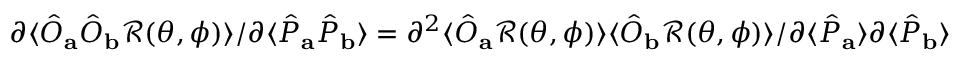
\partial \langle \hat { { O } } _ { \mathbf { a } } \hat { { O } } _ { \mathbf { b } } \mathcal { R } ( \theta , \phi ) \rangle / \partial \langle \hat { { P } } _ { \mathbf { a } } \hat { { P } } _ { \mathbf { b } } \rangle = \partial ^ { 2 } \langle \hat { { O } } _ { \mathbf { a } } \mathcal { R } ( \theta , \phi ) \rangle \langle \hat { { O } } _ { \mathbf { b } } \mathcal { R } ( \theta , \phi ) \rangle / \partial \langle \hat { { P } } _ { \mathbf { a } } \rangle \partial \langle \hat { { P } } _ { \mathbf { b } } \rangle